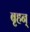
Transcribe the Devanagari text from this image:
बृहन्